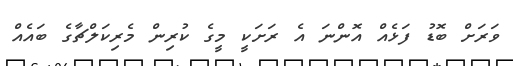
ވަރަށް ބޮޑު ފަޅެއް އޮންނަ އެ ރަށަކީ މީގެ ކުރިން މެރިކަލްޗާގެ ބައެއް